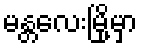
မန္တလေးမြို့မှာ